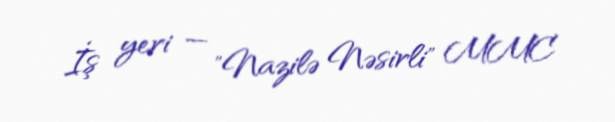
İş yeri — "Nazilə Nəsirli" MMC